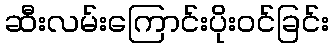
ဆီးလမ်းကြောင်းပိုးဝင်ခြင်း